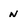
Character: n